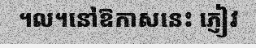
។ល។នៅឱកាសនេះ ភ្ញៀវ